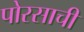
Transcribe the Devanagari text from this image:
पोरसाची